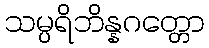
သမ္ပရိဘိန္နဂတ္တော